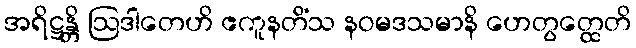
အရိဋ္ဌန္တိ ဩဒါတေဟိ ဧကူနတိံသ နဝမဒသမာနိ ဟေတွတ္ထေတိ